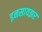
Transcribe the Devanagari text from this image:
इनसायझर